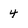
Character: 4